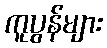
ကူပွန်များ